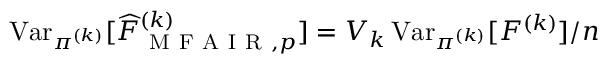
\operatorname { V a r } _ { \pi ^ { ( k ) } } [ \widehat { F } _ { \mathrm { ~ M ~ F ~ A ~ I ~ R ~ } , p } ^ { ( k ) } ] = V _ { k } \operatorname { V a r } _ { \pi ^ { ( k ) } } [ F ^ { ( k ) } ] / n